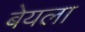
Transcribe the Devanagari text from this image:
बेयला